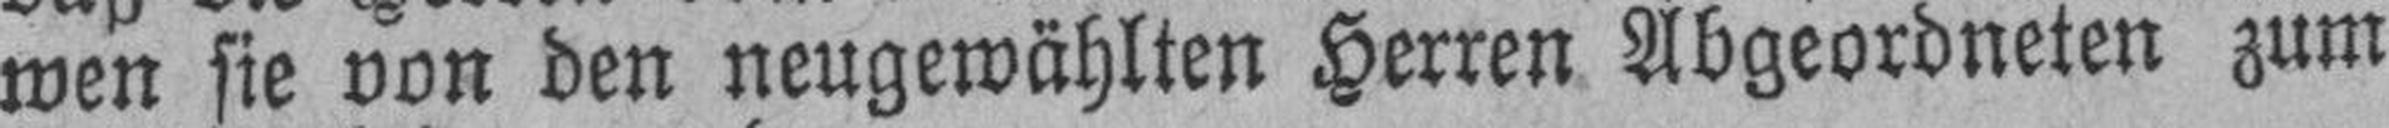
wen sie von den neugewählten Herren Abgeordneten zum